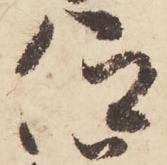
仰